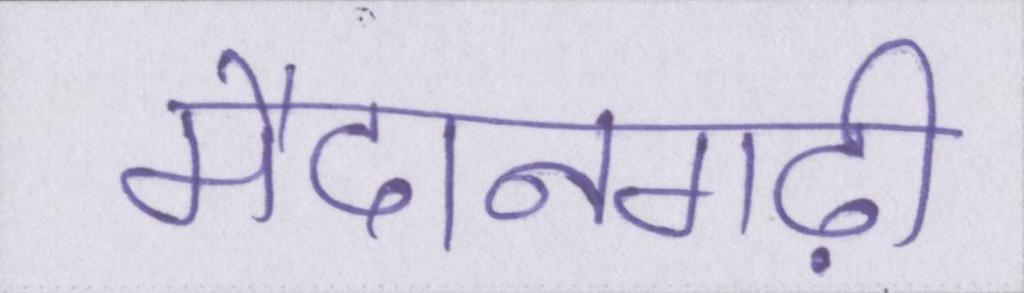
मैदानगढ़ी